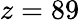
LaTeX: z=89